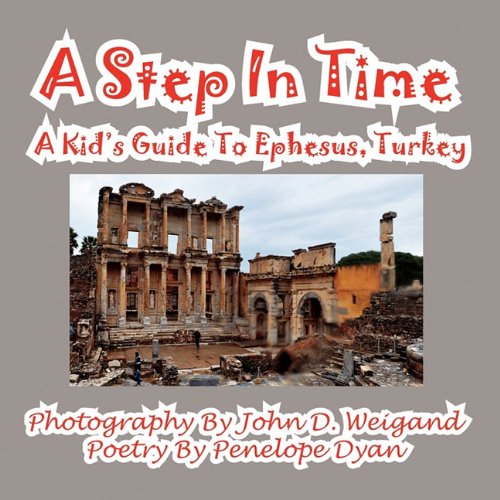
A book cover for A Step In Time--A Kid's Guide To Ephesus, Turkey; Penelope Dyan; Travel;